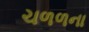
ચળળના